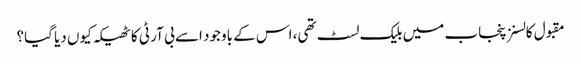
مقبول کالسنز پنجاب میں بلیک لسٹ تھی، اس کے باوجود اسے بی آر ٹی کا ٹھیکہ کیوں دیا گیا؟